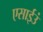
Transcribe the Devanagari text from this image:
एसाईउं